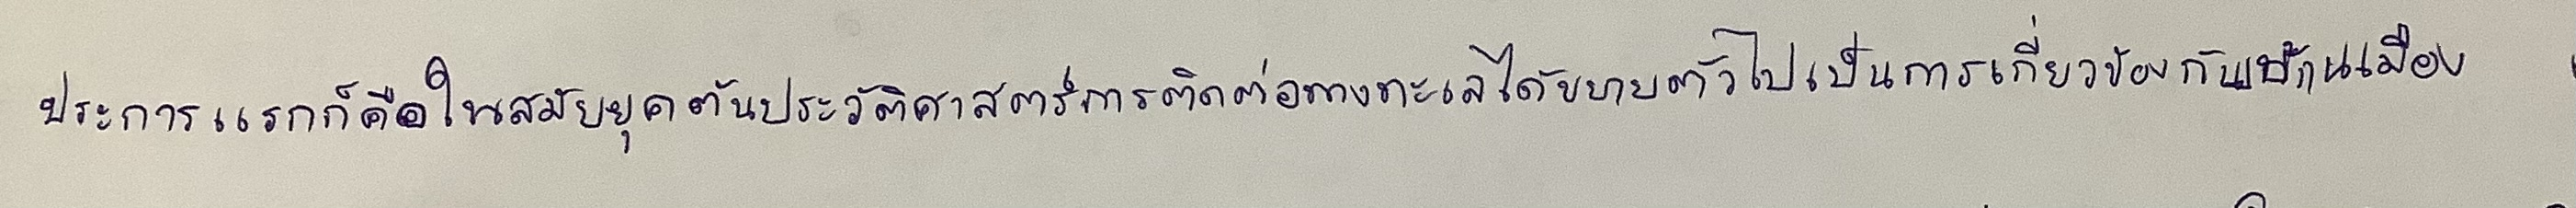
ประการแรกก็คือในสมัยยุคต้นประวัติศาสตร์การติดต่อทางทะเลได้ขยายตัวไปเป็นการเกี่ยวข้องกับบ้านเมือง